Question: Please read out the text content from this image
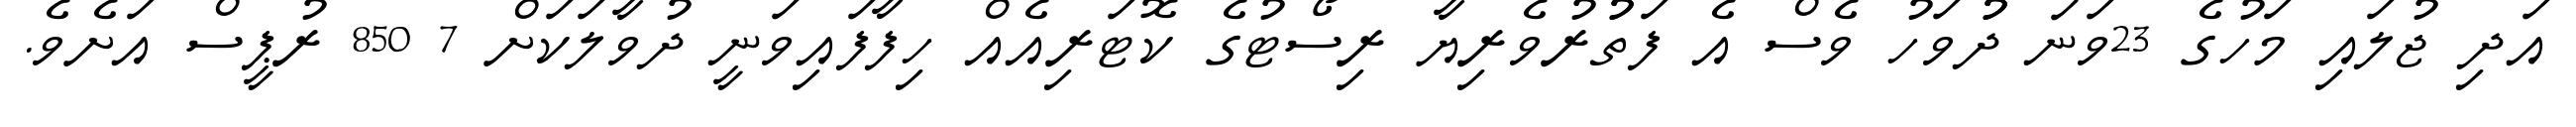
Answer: އަދި ޖުލައި މަހުގެ 23ވަނަ ދުުވަހު ވެސް އެ ފަތުުރުވެރިޔާ ރިސޯޓުގެ ކޮޓަރިއެއް ހިފާފައިވަނީ ދުވާލަކަށް 7 850 ރުޕީސް އަށެވެ.